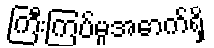
ကြီးကြပ်မှုအောက်ရှိ